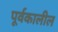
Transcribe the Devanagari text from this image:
पूर्वकालील